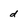
Character: d